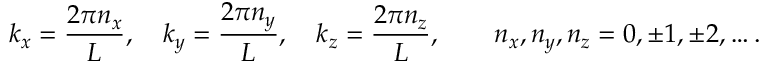
k _ { x } = { \frac { 2 \pi n _ { x } } { L } } , \quad k _ { y } = { \frac { 2 \pi n _ { y } } { L } } , \quad k _ { z } = { \frac { 2 \pi n _ { z } } { L } } , \qquad n _ { x } , n _ { y } , n _ { z } = 0 , \pm 1 , \pm 2 , \ldots .